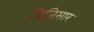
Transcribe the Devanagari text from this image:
जिजिसार